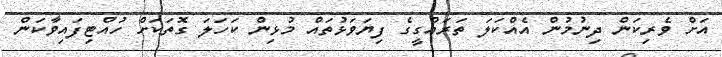
އަށް ވެރިކަން ދިނުމުން އެއްކަލަ ތަރައްގީގެ ފިޔަވަޅުތައް މުޅިން ކަހަލަ ގޮތަކަށް ހުއްޓިފައިވާކަން